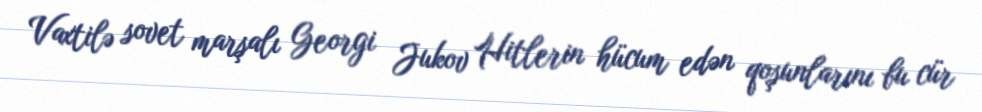
Vaxtilə sovet marşalı Georgi Jukov Hitlerin hücum edən qoşunlarını bu cür